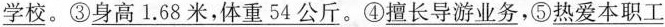
\underline{学校}。 \underline{身高1.68米，体重54公斤。}④\underline{擅长导游业务}，⑤\underline{热爱本职工}